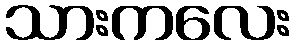
သားကလေး